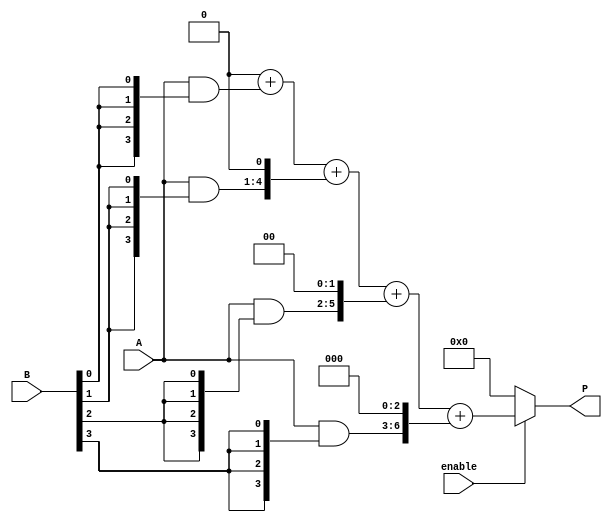
module VedicMultiplier #(parameter N = 4) (
    input wire [N-1:0] A,
    input wire [N-1:0] B,
    input wire enable,
    output reg [2*N-1:0] P
);

// Generate partial products
reg [N-1:0] pp [0:N-1]; // Partial products array

integer i, j;

always @(*) begin
    if (enable) begin
        // Initialize product to zero
        P = 0;

        // Generate partial products
        for (i = 0; i < N; i = i + 1) begin
            pp[i] = A & {N{B[i]}}; // AND A with each bit of B
        end

        // Crosswise addition of partial products
        // Using a simple adder logic to accumulate the partial products
        for (j = 0; j < N; j = j + 1) begin
            P = P + (pp[j] << j); // Shift and add the partial products
        end
    end else begin
        P = 0; // Disable multiplier
    end
end

endmodule